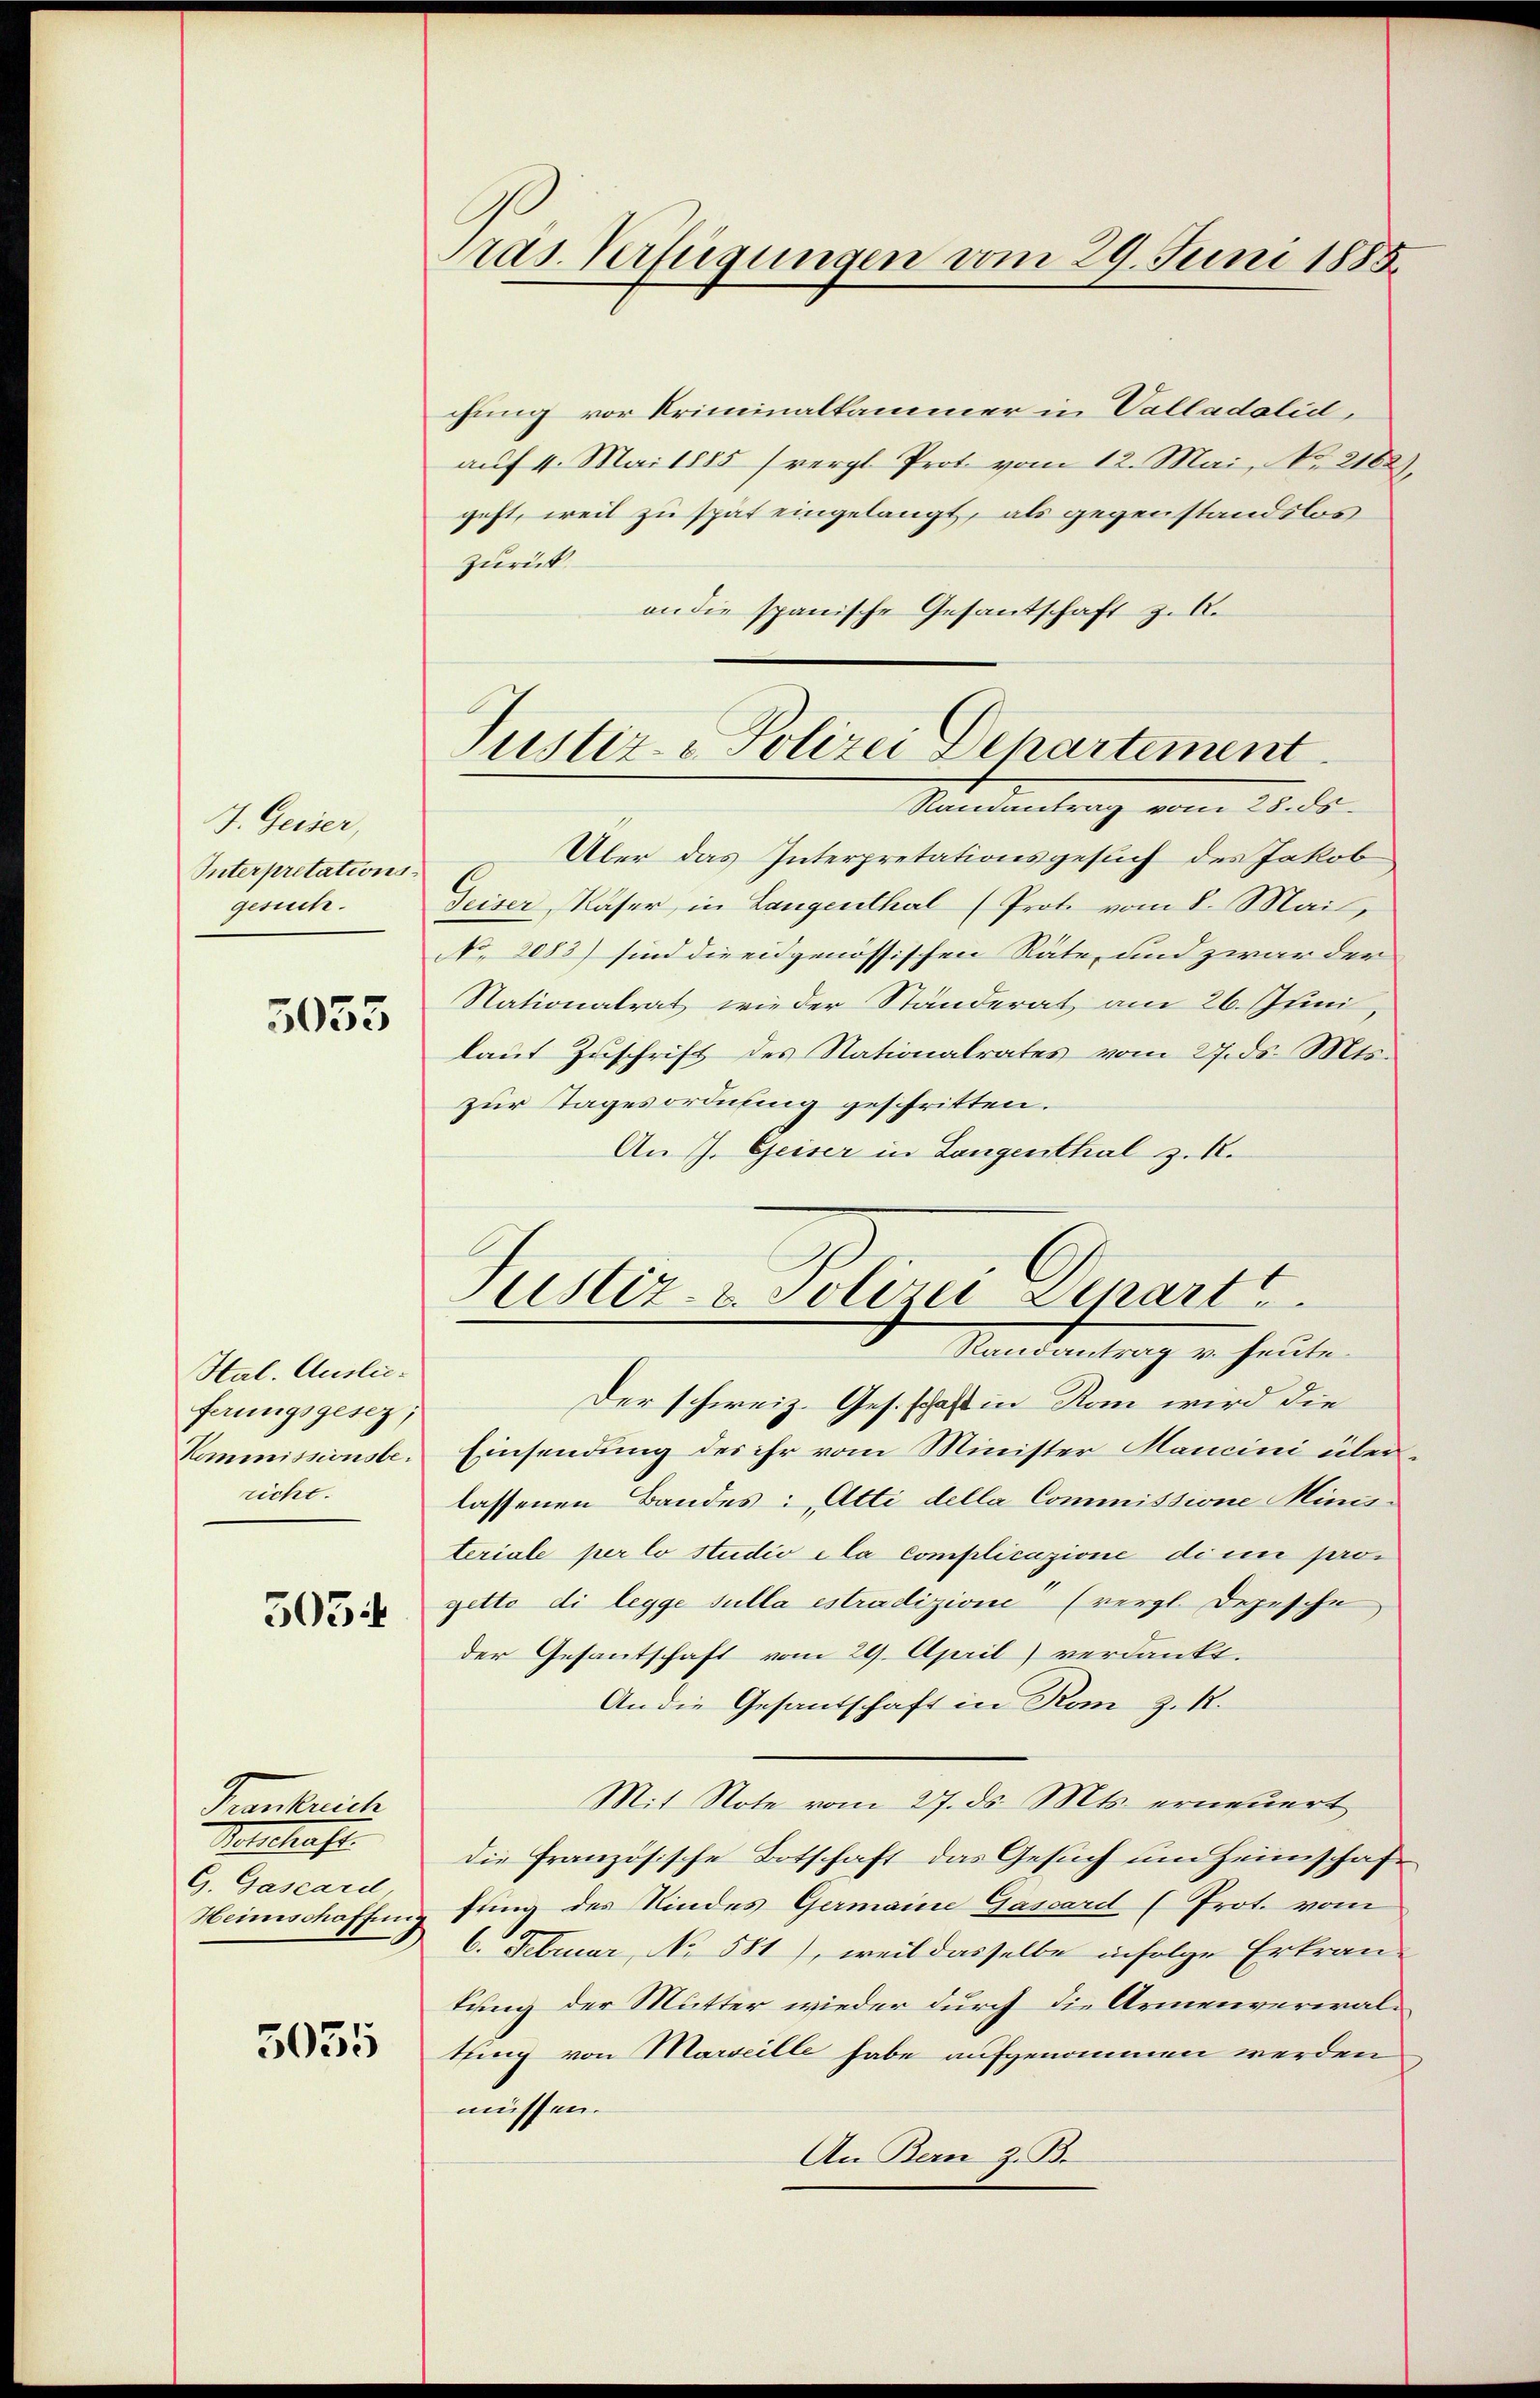
J. Geiser,
Interpretations
gesuch.

5055

Hal. Auslieferungsgesez;
Kommissionsbericht.

503

Peenbruch
Melschaft.
G. Gascard,
Heimschaffung

5035

ras. Verfügungen vom 29. Juni 1888.

chung vor Kriminalkammer in Valladolid,
auf 4. Mai 1885 (vergl. Prot vom 12. Mai, No. 2182.
geht, weil zu spät eingelangt, als gegenstandslos
zurück.
an die spanische Gesandschaft z. R.
Über das Interpretationsgesuch des Jakob
Geiser, Käser in Langenthal (Prote vom 8. Mai,
No. 2083) sind die eidgenössischen Räte, und zwar der
Nationalrat wieder Ständerat am 26. Juni,
laut Zuschrift des Nationalrates vom 27. ds. Mts.
zur Tagesordnung geschritten.
An s. Geiser in Langenthal z. B.
Der schweiz. Ges. schaft in Rom wird die
Einsendung des ihr vom Minister Mancini überlassenen Bandes: „Atti della Commissione Ministeriale per lo studio ela complicazione die progette di legge sulla estradizione“ (vergl. Depesche
der Gesantschaft vom 29. April) verdankt.
An die Gesandschaft in Rom z. R.
Mit Note vom 27. ds. Mts. erneuert
die französische Botschaft das Gesuch um Heimschaffling des Kindes Germaine Gassard (Prot. vom
6. Februar, No 581), weil dasselbe infolge Erkran-
tung der Mutter wieder durch die Armenverwaltting von Marseille habe aufgenommen werden
müssen.
An Bern 2. B.

Justiz-Polizei Departement
Ramantrag vom 28. ds.

ustiz- & Polizei Depart
Randantrag v. heute.